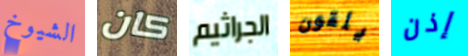
الشيوخ كان الجراثيم يلقون إذن